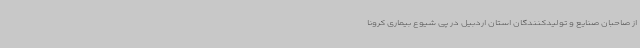
از صاحبان صنایع و تولیدکنندگان استان اردبیل در پی شیوع بیماری کرونا